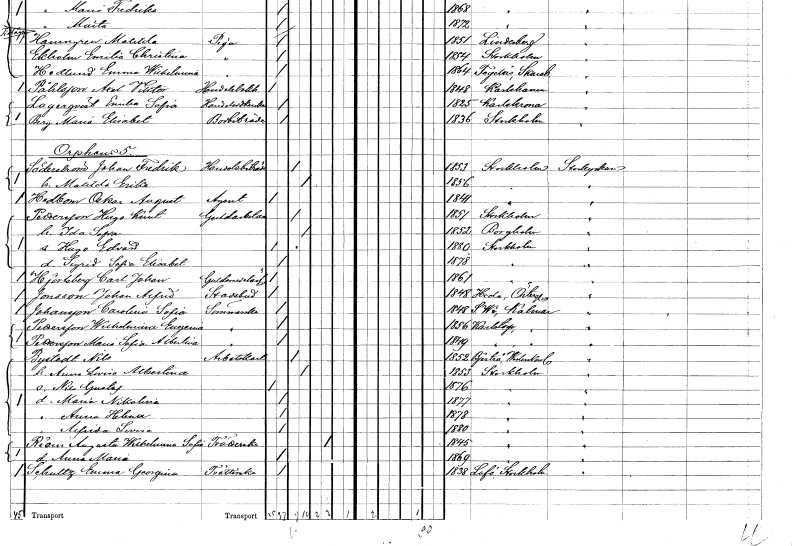
gt_parse: households: individuals: FN: Johan Fredrik
EN: Söderström
YRKE: Handelsbiträde
KON: M
CIV: G
FODAR: 1853
FODFORS: Stockholm
FN: Matilda Erika
KON: K
CIV: G
FODAR: 1856
FODFORS: Stockholm
FN: Oskar August
EN: Hedbom
YRKE: Agent
KON: M
CIV: O
FODAR: 1841
FODFORS: Stockholm
FN: Hugo Kurt
EN: Pettersson
YRKE: Guldarbetare
KON: M
CIV: G
FODAR: 1851
FODFORS: Stockholm
FN: Ida Sofia
KON: K
CIV: G
FODAR: 1852
FODFORS: Borgholm Kalmar län
FN: Hugo Edvard
KON: M
CIV: O
FODAR: 1880
FODFORS: Stockholm
FN: Sigrid Sofia
EN: Elisabet
KON: K
CIV: O
FODAR: 1878
FODFORS: Stockholm
FN: Carl Johan
EN: Hjortsberg
YRKE: Guldsmedslärling
KON: M
CIV: O
FODAR: 1861
FODFORS: Stockholm
FN: Johan Alfred
EN: Jonsson
YRKE: Stadsbud
KON: M
CIV: O
FODAR: 1848
FODFORS: Heda Östergötlands län
FN: Carolina Sofia
EN: Johansson
YRKE: Sömmerska
KON: K
CIV: O
FODAR: 1848
FODFORS: Södra Vi Kalmar län
FN: Wilhelmina Eugenia
EN: Pettersson
YRKE: Sömmerska
KON: K
CIV: O
FODAR: 1856
FODFORS: Karlstorp Jönköpings län
FN: Maria Sofia Albertina
EN: Pettersson
YRKE: Sömmerska
KON: K
CIV: O
FODAR: 1849
FODFORS: Karlstorp Jönköpings län
FN: Nils
EN: Bystedt
YRKE: Arbetskarl
KON: M
CIV: G
FODAR: 1852
FODFORS: Bjärtrå Västernorrlands län
FN: Anna Lovisa Albertina
KON: K
CIV: G
FODAR: 1853
FODFORS: Stockholm
FN: Nils Gustaf
KON: M
CIV: O
FODAR: 1876
FODFORS: Stockholm
FN: Maria Nikolina
KON: K
CIV: O
FODAR: 1877
FODFORS: Stockholm
FN: Anna Helena
KON: K
CIV: O
FODAR: 1878
FODFORS: Stockholm
FN: Alfrida Lovisa
KON: K
CIV: O
FODAR: 1880
FODFORS: Stockholm
FN: Augusta Wilhelmina Sofia
EN: Riam
YRKE: Tvätterska
KON: K
CIV: E
FODAR: 1845
FODFORS: Stockholm
FN: Anna Maria
KON: K
CIV: O
FODAR: 1869
FODFORS: Stockholm
FN: Emma Georgina
EN: Schultz
YRKE: Tvätterska
KON: K
CIV: O
FODAR: 1838
FODFORS: Lovö Stockholms län